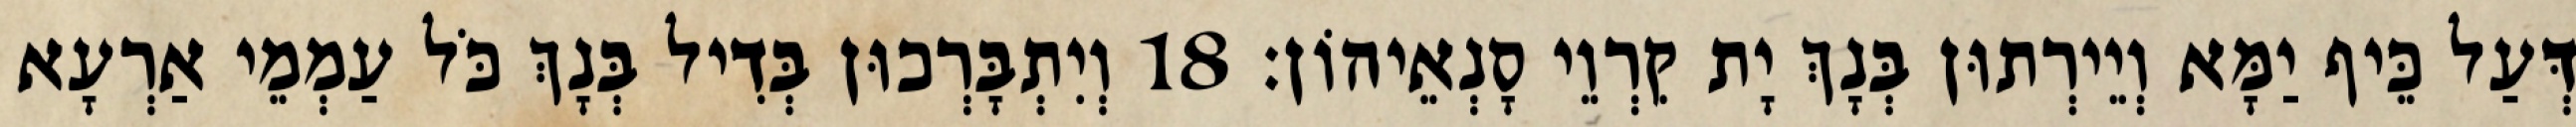
דְּעַל כֵּיף יַמָּא וְיֵירְתוּן בְּנָךְ יָת קִרְוֵי סָנְאֵיהוֹן׃ 18 וְיִתְבָּרְכוּן בְּדִיל בְּנָךְ כֹּל עַמְמֵי אַרְעָא